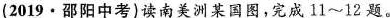
(2019·邵阳中考)读南美洲某国图，完成11~12题。